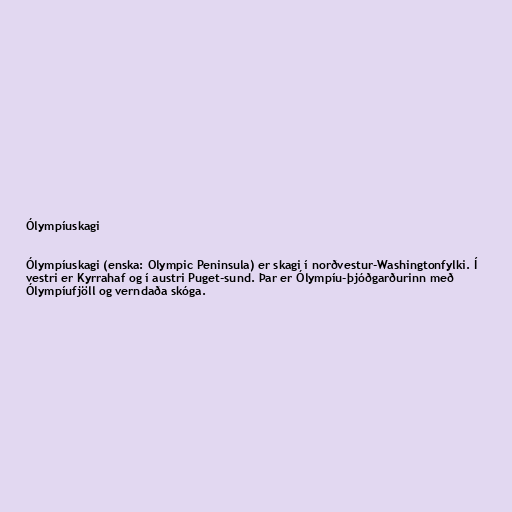
Ólympíuskagi

Ólympíuskagi (enska: Olympic Peninsula) er skagi í norðvestur-Washingtonfylki. Í
vestri er Kyrrahaf og í austri Puget-sund. Þar er Ólympíu-þjóðgarðurinn með
Ólympíufjöll og verndaða skóga.